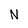
Character: N